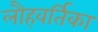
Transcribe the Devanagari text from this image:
लौहवर्तिका